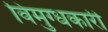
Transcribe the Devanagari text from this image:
विमुग्धकारी